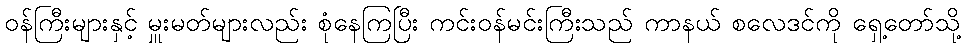
ဝန်ကြီးများနှင့် မှူးမတ်များလည်း စုံနေကြပြီး ကင်းဝန်မင်းကြီးသည် ကာနယ် စလေဒင်ကို ရှေ့တော်သို့